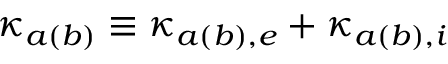
\kappa _ { a ( b ) } \equiv \kappa _ { a ( b ) , e } + \kappa _ { a ( b ) , i }